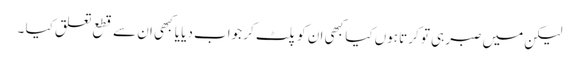
لیکن میں صبر ہی تو کرتا ہوں کیا کبھی ان کو پلٹ کر جواب دیا یا کبھی ان سے قطع تعلق کیا ۔